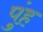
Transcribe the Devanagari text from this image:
पुंह